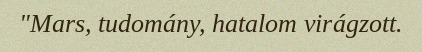
"Mars, tudomány, hatalom virágzott.